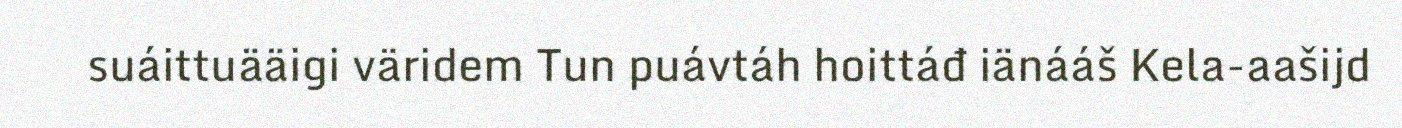
suáittuääigi väridem Tun puávtáh hoittáđ iänááš Kela-aašijd